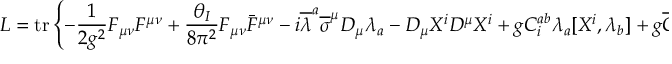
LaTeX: L = \operatorname { t r } \left\{ - { \frac { 1 } { 2 g ^ { 2 } } } F _ { \mu \nu } F ^ { \mu \nu } + { \frac { \theta _ { I } } { 8 \pi ^ { 2 } } } F _ { \mu \nu } { \bar { F } } ^ { \mu \nu } - i { \overline { { \lambda } } } ^ { a } { \overline { { \sigma } } } ^ { \mu } D _ { \mu } \lambda _ { a } - D _ { \mu } X ^ { i } D ^ { \mu } X ^ { i } + g C _ { i } ^ { a b } \lambda _ { a } [ X ^ { i } , \lambda _ { b } ] + g { \overline { { C } } } _ { i a b } { \overline { { \lambda } } } ^ { a } [ X ^ { i } , { \overline { { \lambda } } } ^ { b } ] + { \frac { g ^ { 2 } } { 2 } } [ X ^ { i } , X ^ { j } ] ^ { 2 } \right\} ,